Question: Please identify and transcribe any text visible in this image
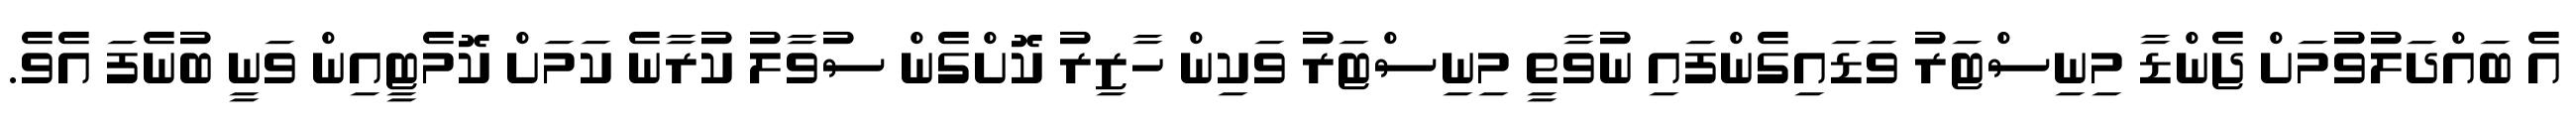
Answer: އެ ބައްދަލުވުމަށް ޖެންޑާ މިނިސްޓަރު ވަޑައިގެންފައި ނުވާތީ މިނިސްޓަރު ވަކިން ހާޒިރު ކޮށްގެން ސުވާލު ކުރާނެ ކަމަށް ކޮމެޓީއިން ވަނީ ބުނެފަ އެވެ.